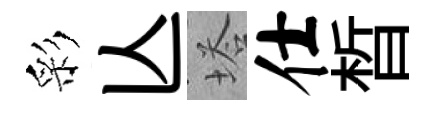
彩亾塔仕晳